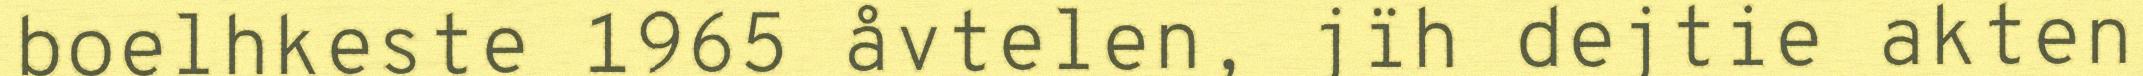
boelhkeste 1965 åvtelen, jïh dejtie akten